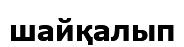
шайқалып